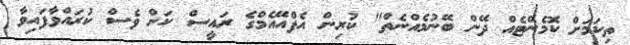
ތިކަމަށް ކޮމެންޓެއް ދޭން ބޭނުމެއްނެތް" ކުރިން އެފްއޭއެމްގެ ރައީސް ކަން ވެސް ކުރައްވާފައިވާ